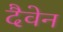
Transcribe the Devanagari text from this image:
दैवेन